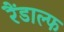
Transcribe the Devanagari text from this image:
रैंडाल्फ